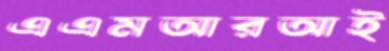
এএমআরআই